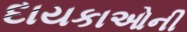
દાયકાઓની